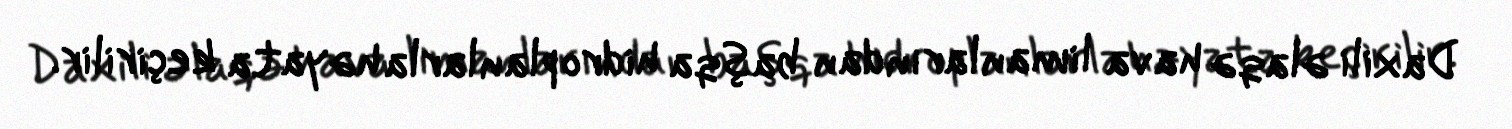
Daxili əlaqə hava limanlarından başqa hidroplanlarla həyata keçirilir.